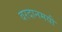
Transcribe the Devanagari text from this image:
वरदानमयी